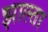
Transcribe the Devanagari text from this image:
झाल्ता